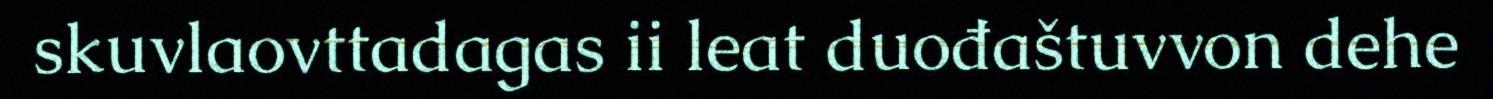
skuvlaovttadagas ii leat duođaštuvvon dehe